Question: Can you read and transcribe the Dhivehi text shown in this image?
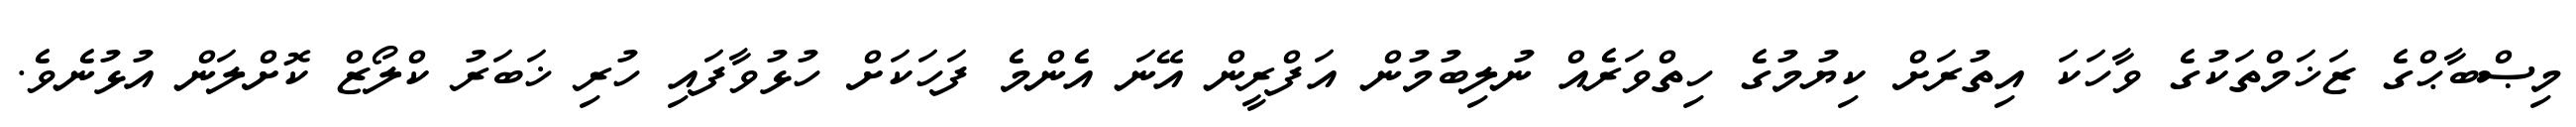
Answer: މިޞްބާޙްގެ ޒަޚަމްތަކުގެ ވާހަކަ އިތުރަށް ކިޔުމުގެ ހިތްވަރެއް ނުލިބުމުން އަފްރީން އޭނަ އެންމެ ފަހަކަށް ހުޅުވާފައި ހުރި ޚަބަރު ކްލޯޒް ކޮށްލަން އުޅުނެވެ.